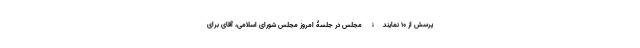
پرسش از 10 نمایندۀ مجلس در جلسۀ امروز مجلس شورای اسلامی، آقای برای